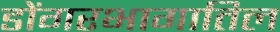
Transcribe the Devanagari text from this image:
डोंगरभागातिल